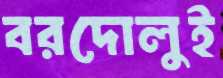
বরদোলুই